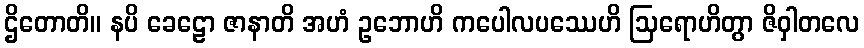
ဌိတောတိ။ နပိ ခေဠော ဇာနာတိ အဟံ ဥဘောဟိ ကပေါလပဿေဟိ ဩရောဟိတွာ ဇိဝှါတလေ